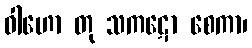
ဝါဟော တု သကဋော စေကာ၊